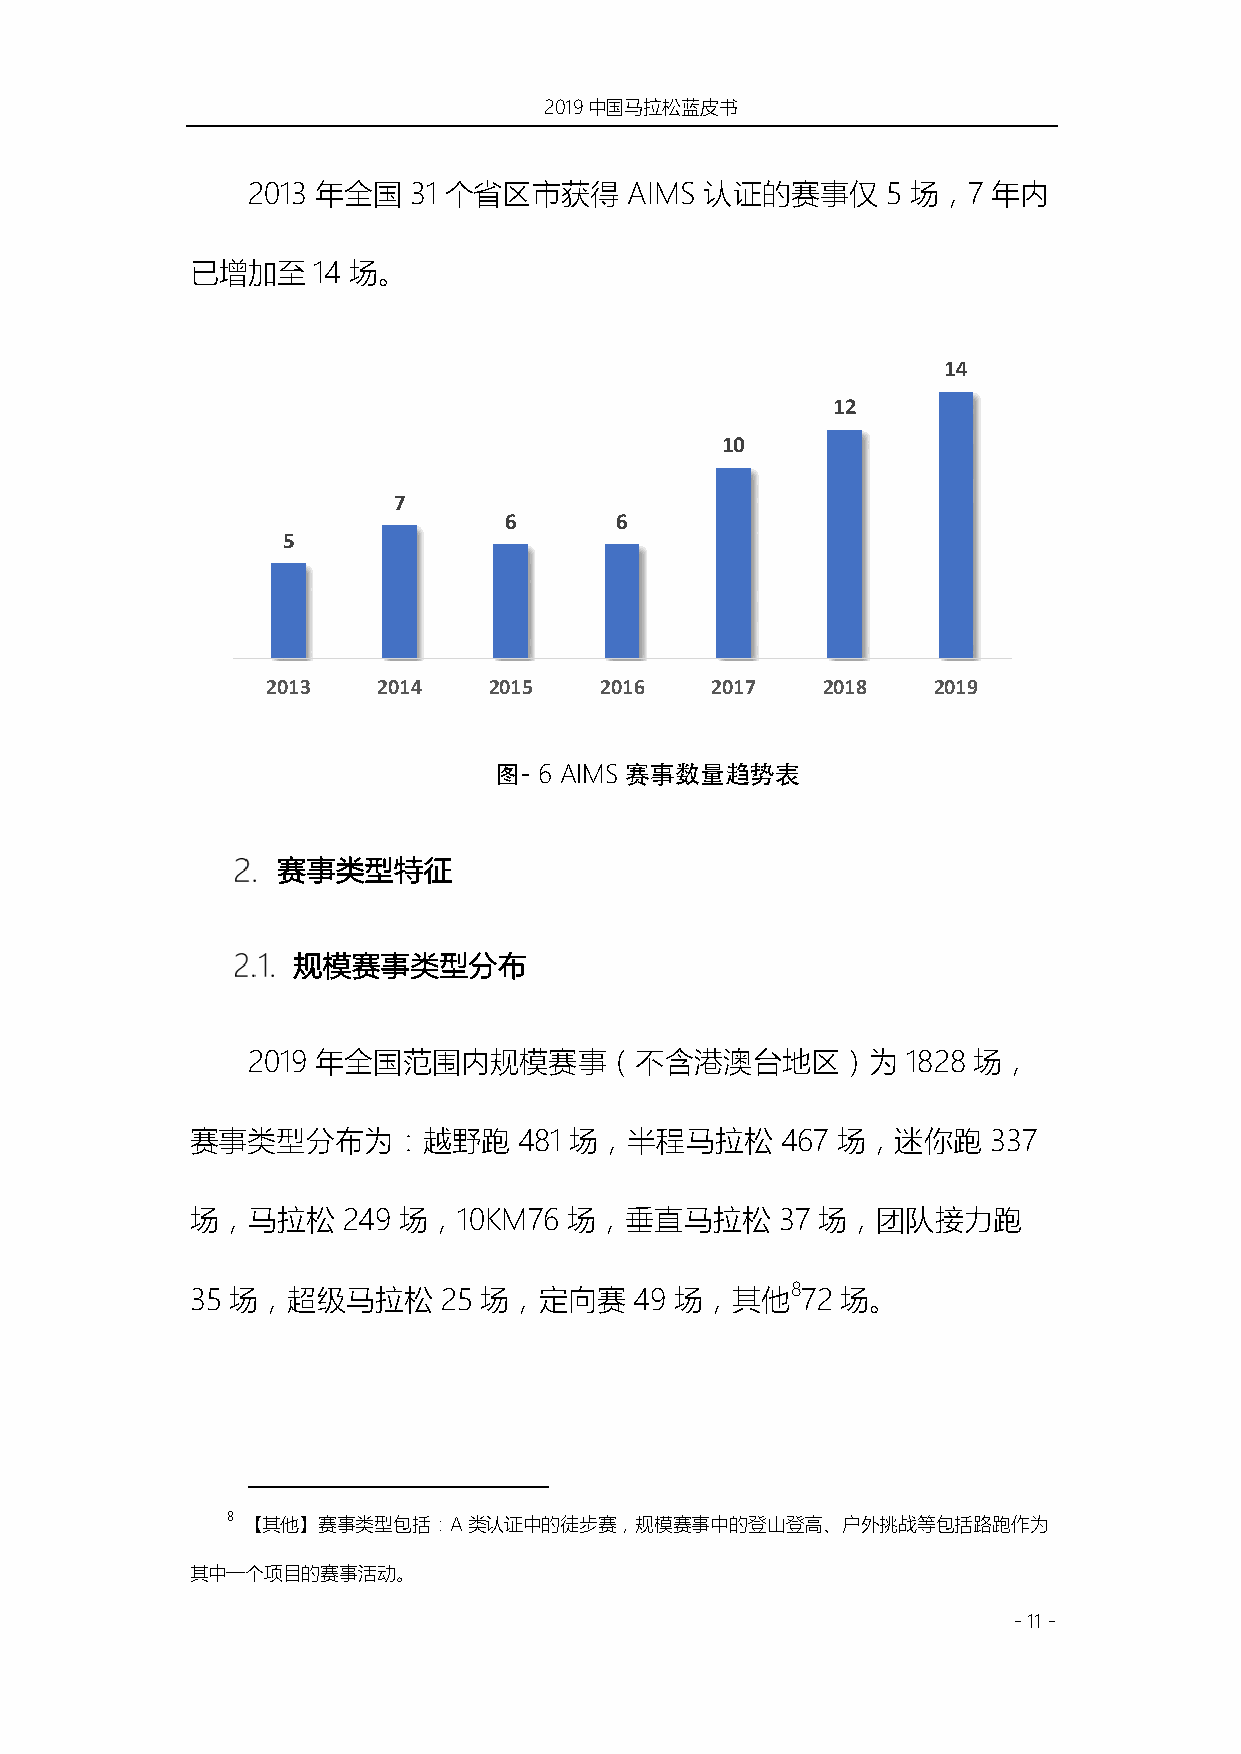
2019中国马拉松蓝皮书
 2013 年全国   31 个省区市获得     AIMS  认证的赛事仅      5 场，7  年内
 已增加至    14 场。
 14
 12
 10
 7
 6       6
 5
 2013   2014   2015    2016   2017   2018    2019
 图- 6 AIMS赛事数量趋势表
 赛事类型特征
 规模赛事类型分布
 2019 年全国范围内规模赛事（不含港澳台地区）为                   1828 场，
 赛事类型分布为：越野跑          481 场，半程马拉松       467 场，迷你跑    337
 场，马拉松     249 场，10KM76   场，垂直马拉松       37 场，团队接力跑
 35 场，超级马拉松      25 场，定向赛     49 场，其他872    场。
 8 【其他】赛事类型包括：A类认证中的徒步赛，规模赛事中的登山登高、户外挑战等包括路跑作为
 其中一个项目的赛事活动。
 - 11 -